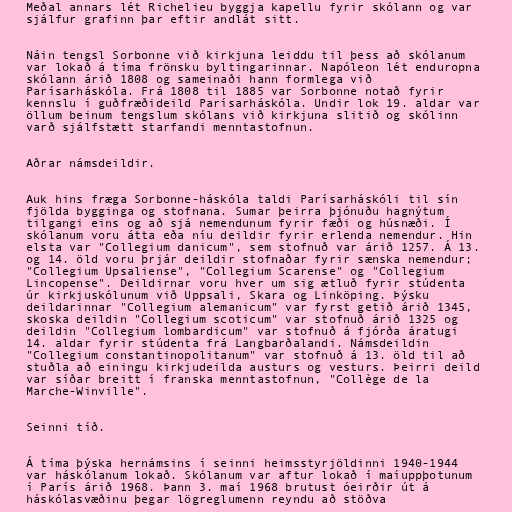
Meðal annars lét Richelieu byggja kapellu fyrir skólann og var
sjálfur grafinn þar eftir andlát sitt.

Náin tengsl Sorbonne við kirkjuna leiddu til þess að skólanum
var lokað á tíma frönsku byltingarinnar. Napóleon lét enduropna
skólann árið 1808 og sameinaði hann formlega við
Parísarháskóla. Frá 1808 til 1885 var Sorbonne notað fyrir
kennslu í guðfræðideild Parísarháskóla. Undir lok 19. aldar var
öllum beinum tengslum skólans við kirkjuna slitið og skólinn
varð sjálfstætt starfandi menntastofnun.

Aðrar námsdeildir.

Auk hins fræga Sorbonne-háskóla taldi Parísarháskóli til sín
fjölda bygginga og stofnana. Sumar þeirra þjónuðu hagnýtum
tilgangi eins og að sjá nemendunum fyrir fæði og húsnæði. Í
skólanum voru átta eða níu deildir fyrir erlenda nemendur. Hin
elsta var "Collegium danicum", sem stofnuð var árið 1257. Á 13.
og 14. öld voru þrjár deildir stofnaðar fyrir sænska nemendur;
"Collegium Upsaliense", "Collegium Scarense" og "Collegium
Lincopense". Deildirnar voru hver um sig ætluð fyrir stúdenta
úr kirkjuskólunum við Uppsali, Skara og Linköping. Þýsku
deildarinnar "Collegium alemanicum" var fyrst getið árið 1345,
skoska deildin "Collegium scoticum" var stofnuð árið 1325 og
deildin "Collegium lombardicum" var stofnuð á fjórða áratugi
14. aldar fyrir stúdenta frá Langbarðalandi. Námsdeildin
"Collegium constantinopolitanum" var stofnuð á 13. öld til að
stuðla að einingu kirkjudeilda austurs og vesturs. Þeirri deild
var síðar breitt í franska menntastofnun, "Collège de la
Marche-Winville".

Seinni tíð.

Á tíma þýska hernámsins í seinni heimsstyrjöldinni 1940-1944
var háskólanum lokað. Skólanum var aftur lokað í maíuppþotunum
í París árið 1968. Þann 3. maí 1968 brutust óeirðir út á
háskólasvæðinu þegar lögreglumenn reyndu að stöðva